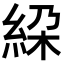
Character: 𥿰